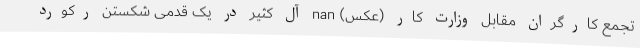
تجمع کارگران مقابل وزارت کار (عکس) nan آل کثیر در یک قدمی شکستن رکورد